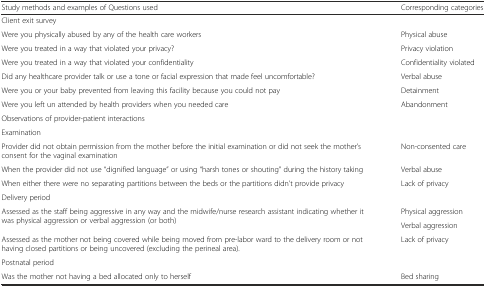
| Study methods and examples of Questions used | Corresponding categories |
 | --- | --- |
 | Client exit survey |  |
 | Were you physically abused by any of the health care workers | Physical abuse |
 | Were you treated in a way that violated your privacy? | Privacy violation |
 | Were you treated in a way that violated your confidentiality | Confidentiality violated |
 | Did any healthcare provider talk or use a tone or facial expression that made feel uncomfortable? | Verbal abuse |
 | Were you or your baby prevented from leaving this facility because you could not pay | Detainment |
 | Were you left un attended by health providers when you needed care | Abandonment |
 | Observations of provider-patient interactions |  |
 | Examination |  |
 | Provider did not obtain permission from the mother before the initial examination or did not seek the mother’s consent for the vaginal examination | Non-consented care |
 | When the provider did not use “dignified language” or using “harsh tones or shouting” during the history taking | Verbal abuse |
 | When either there were no separating partitions between the beds or the partitions didn’t provide privacy | Lack of privacy |
 | Delivery period |  |
 | <ROWSPAN=2> Assessed as the staff being aggressive in any way and the midwife/nurse research assistant indicating whether it was physical aggression or verbal aggression (or both) | Physical aggression |
 | Verbal aggression |
 | Assessed as the mother not being covered while being moved from pre-labor ward to the delivery room or not having closed partitions or being uncovered (excluding the perineal area). | Lack of privacy |
 | Postnatal period |  |
 | Was the mother not having a bed allocated only to herself | Bed sharing |